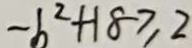
- b ^ { 2 } + 1 8 \geq 2